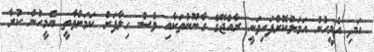
އަދި އެމީހުން އަމަލުކޮށްފައިވަނީ ރާއްޖޭގެ ގާނޫނުތަކާއި ވެސް ހިލާފަށް ކަމަށްވާތީ އެމީހުން ކުރާ